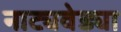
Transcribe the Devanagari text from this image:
नाट्यवेड्या